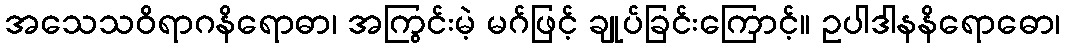
အသေသဝိရာဂနိရောဓာ၊ အကြွင်းမဲ့ မဂ်ဖြင့် ချုပ်ခြင်းကြောင့်။ ဥပါဒါနနိရောဓော၊